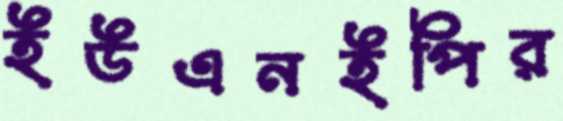
ইউএনইপির